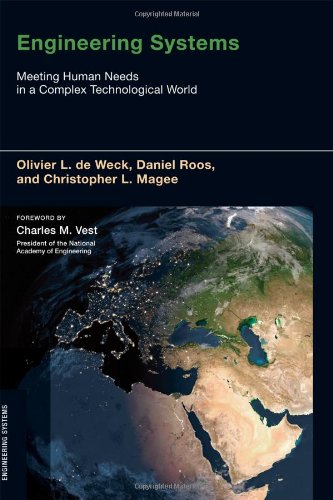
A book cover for Engineering Systems: Meeting Human Needs in a Complex Technological World; Olivier L. de Weck; Science & Math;